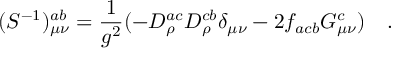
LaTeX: ( S ^ { - 1 } ) _ { \mu \nu } ^ { a b } = { \frac { 1 } { g ^ { 2 } } } ( - D _ { \rho } ^ { a c } D _ { \rho } ^ { c b } \delta _ { \mu \nu } - 2 f _ { a c b } G _ { \mu \nu } ^ { c } ) \quad .